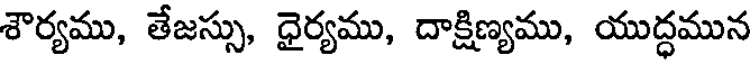
శౌర్యము, తేజస్సు, ధైర్యము, దాక్షిణ్యము, యుద్ధమున